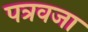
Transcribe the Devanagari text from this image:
पत्रवजा